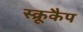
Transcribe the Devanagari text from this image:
स्क्रूकैप